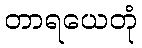
တာရယေတုံ